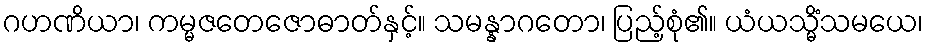
ဂဟဏိယာ၊ ကမ္မဇတေဇောဓာတ်နှင့်။ သမန္နာဂတော၊ ပြည့်စုံ၏။ ယံယသ္မိံသမယေ၊